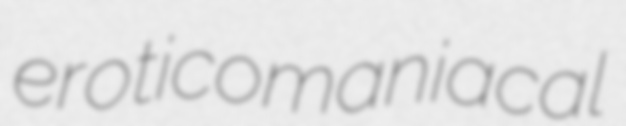
eroticomaniacal